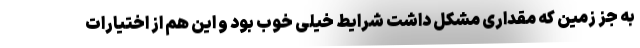
به جز زمین که مقداری مشکل داشت شرایط خیلی خوب بود و این هم از اختیارات